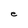
Character: e